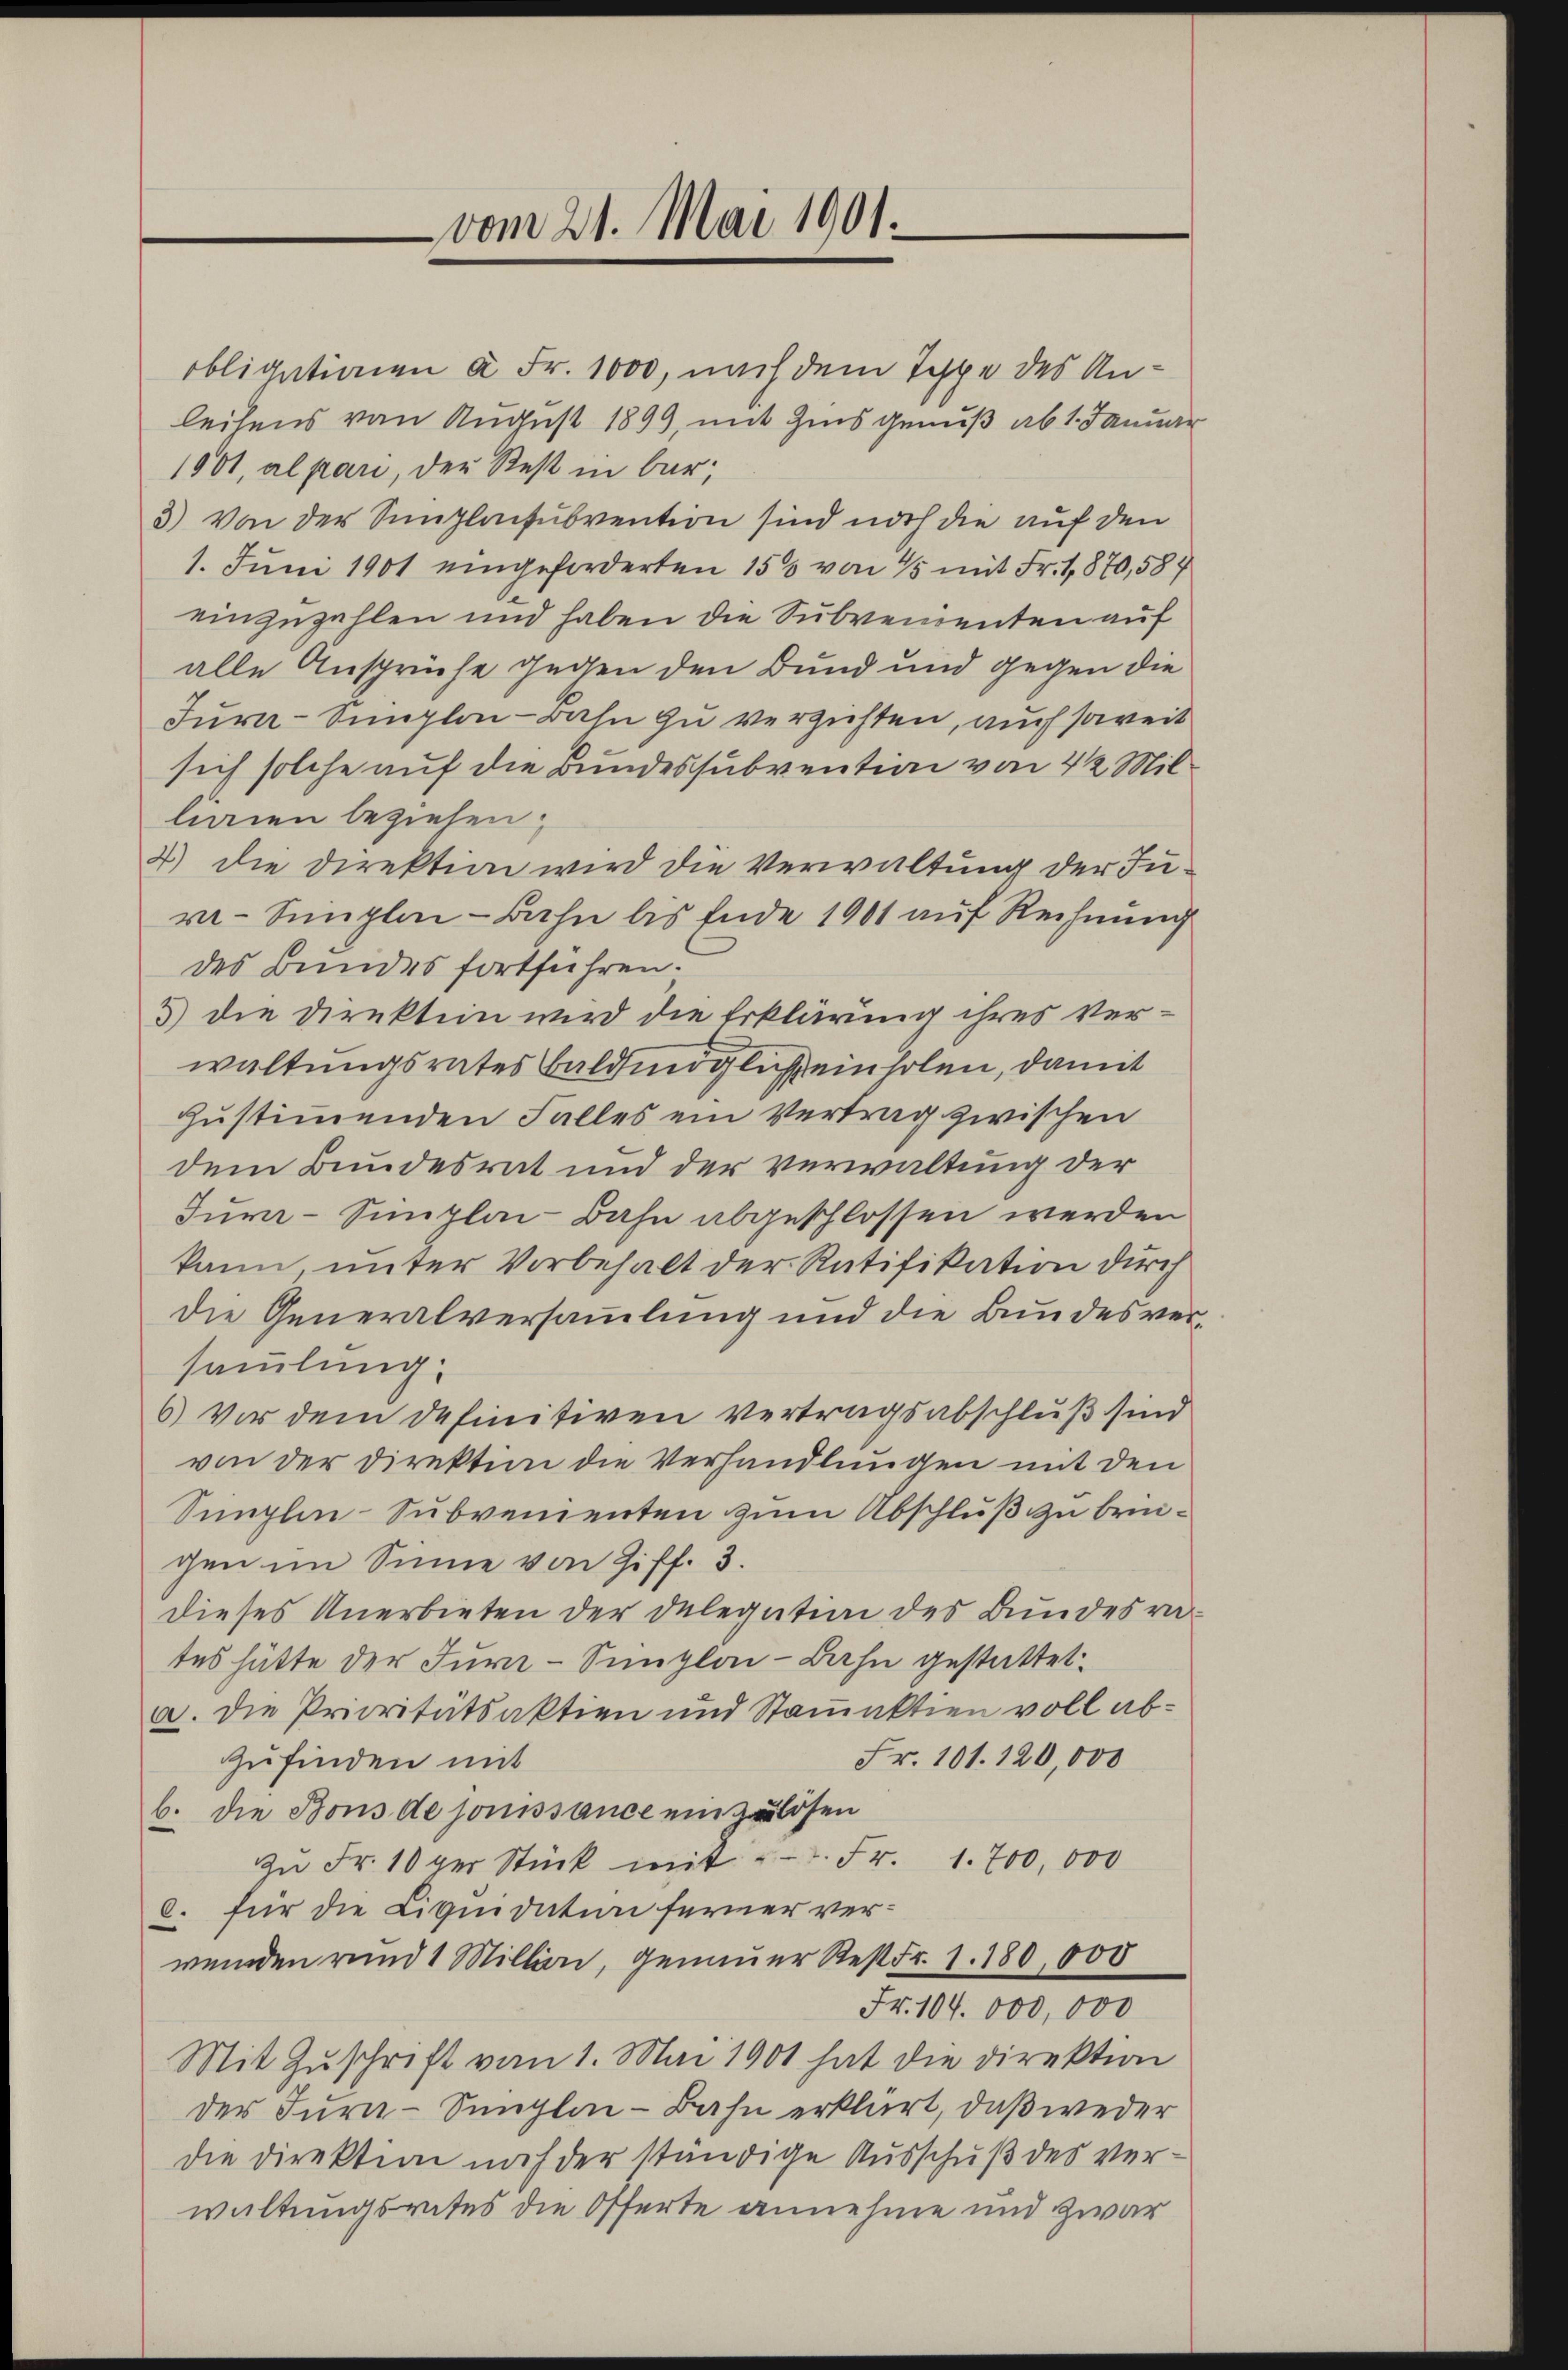
vom 21. Mai 1901.

obligationen à Fr. 1000, nach dem Teppe des Anleihens von August 1899, mit Zins genuß ab 1. Januar
1001, al pari, der Rest in bar,
3) Von der Simplarsubvention sind noch die auf den
1. Juni 1901 eingeforderten 150 von 15 mit Fr. 1,870,584
einzuzahlen und haben die Subvementen auf
alle Ansprüche gegen den Bund und gegen die
Jura-Simplon - Bahn zu verzichten, auch soweit
sich solche auf die Bundessubvention von 4 2 Millinien beziehen.
4) die Direktion wird die Verwaltung der Jur-Singlin-Bahn bis Ende 1901 auf Rechnung
des Bundes fortführen.
5) die Direktion wird die Erklärung ihres Verwaltungsrates baldmöglicht einholen, damit
zustimmenden Falles ein Vertrag zwischen
dem Bundesrat und der verwaltung der
Jura-Simplei-Bahn abgeschlossen werden
kann, unter Vorbehalt der Ratifikation durch
die Generalversammlung und die Bundesversammlung:
6) vor dem definitiven vertragsabschluß sind
von der Direktion die Verhandlungen mit den
Singlin-Subvenienten zum Abschluß zu bringen im Sinne von Ziff. 3.
dieses Anerbieten der Delegation des Bundesrates hätte der Jurn-Simploi-Bahn gestattet.
a. Die Prioritätsaktien und Stanaktien voll ab¬
Fr. 101. 120,000
zufinden mit
b. die Bons de jouissance einzulösen
In Fr. 10 per Stück mit u. Fr. 1. 700,000
c. für die Liquidation ferner verweiden rund 1 Million, genauer Rest Fr. 1. 180,000
Fr. 104. 000,000
Mit Zuschrift vom 1. Mai 1901 hat die Direktion
der Turn-Sünglin-Bahn erklärt, daß weder
die Direktion nach der ständige Ausschuß des verwaltungsrates die Offerte annehme und zwar